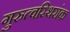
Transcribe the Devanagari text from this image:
गुरुत्वस्थिरांक